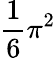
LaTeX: {\frac{1}{6}}\pi^{2}